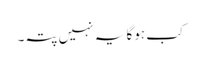
کب ہوگا یہ نہیں پتہ۔